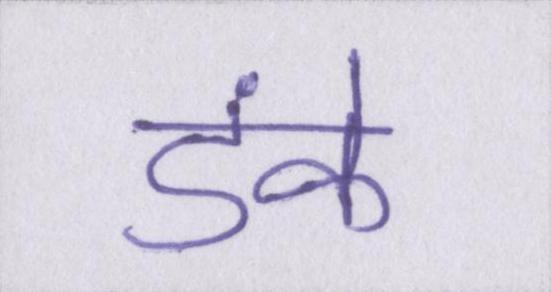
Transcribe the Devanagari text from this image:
डंके